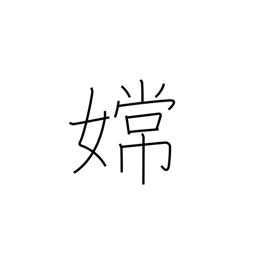
Meaning: proper name